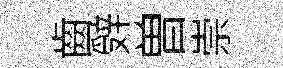
齒辤曽崇